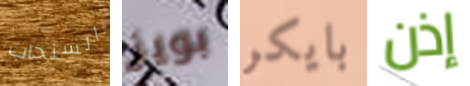
السنجاب بويز بايكر إذن